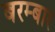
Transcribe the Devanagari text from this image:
बरम्बार